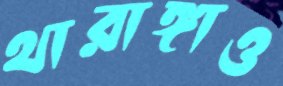
থারাঙ্গাও